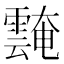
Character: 𩅝